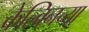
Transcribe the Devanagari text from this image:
केल्विनच्या